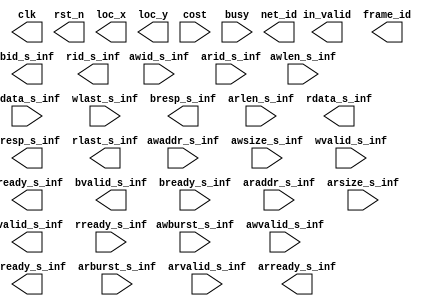
module PATTERN #(parameter ID_WIDTH=4, DATA_WIDTH=128, ADDR_WIDTH=32)(
	// CHIP IO 
	clk            	,	
	rst_n          	,	
	in_valid       	,	
	frame_id        ,	
	net_id         	,	  
	loc_x          	,	  
    loc_y         	,
	cost			,
	busy         	,

	// AXI4 IO
         awid_s_inf,
       awaddr_s_inf,
       awsize_s_inf,
      awburst_s_inf,
        awlen_s_inf,
      awvalid_s_inf,
      awready_s_inf,
                    
        wdata_s_inf,
        wlast_s_inf,
       wvalid_s_inf,
       wready_s_inf,
                    
          bid_s_inf,
        bresp_s_inf,
       bvalid_s_inf,
       bready_s_inf,
                    
         arid_s_inf,
       araddr_s_inf,
        arlen_s_inf,
       arsize_s_inf,
      arburst_s_inf,
      arvalid_s_inf,
                    
      arready_s_inf, 
          rid_s_inf,
        rdata_s_inf,
        rresp_s_inf,
        rlast_s_inf,
       rvalid_s_inf,
       rready_s_inf 
             );

// ===============================================================
//  					Input / Output 
// ===============================================================

// << CHIP io port with system >>
output reg			  	clk,rst_n;
output reg			   	in_valid;
output reg [4:0] 		frame_id;
output reg [3:0]       	net_id;     
output reg [5:0]       	loc_x; 
output reg [5:0]       	loc_y; 
input [13:0]			cost;
input                   busy;       
 
// << AXI Interface wire connecttion for pseudo DRAM read/write >>
// (1) 	axi write address channel 
// 		src master
input wire [ID_WIDTH-1:0]      awid_s_inf;
input wire [ADDR_WIDTH-1:0]  awaddr_s_inf;
input wire [2:0]             awsize_s_inf;
input wire [1:0]            awburst_s_inf;
input wire [7:0]              awlen_s_inf;
input wire                  awvalid_s_inf;
// 		src slave
output wire                 awready_s_inf;
// -----------------------------

// (2)	axi write data channel 
// 		src master
input wire [DATA_WIDTH-1:0]   wdata_s_inf;
input wire                    wlast_s_inf;
input wire                   wvalid_s_inf;
// 		src slave
output wire                  wready_s_inf;

// (3)	axi write response channel 
// 		src slave
output wire  [ID_WIDTH-1:0]     bid_s_inf;
output wire  [1:0]            bresp_s_inf;
output wire                  bvalid_s_inf;
// 		src master 
input wire                   bready_s_inf;
// -----------------------------

// (4)	axi read address channel 
// 		src master
input wire [ID_WIDTH-1:0]      arid_s_inf;
input wire [ADDR_WIDTH-1:0]  araddr_s_inf;
input wire [7:0]              arlen_s_inf;
input wire [2:0]             arsize_s_inf;
input wire [1:0]            arburst_s_inf;
input wire                  arvalid_s_inf;
// 		src slave
output wire                 arready_s_inf;
// -----------------------------

// (5)	axi read data channel 
// 		src slave
output wire [ID_WIDTH-1:0]      rid_s_inf;
output wire [DATA_WIDTH-1:0]  rdata_s_inf;
output wire [1:0]             rresp_s_inf;
output wire                   rlast_s_inf;
output wire                  rvalid_s_inf;
// 		src master
input wire                   rready_s_inf;

// ===============================================================
//  					Your code start here
// ===============================================================




endmodule